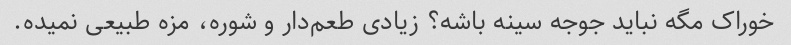
خوراک مگه نباید جوجه سینه باشه؟ زیادی طعم‌دار و شوره، مزه طبیعی نمیده.